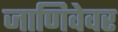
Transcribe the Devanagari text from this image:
जाणिवेवर